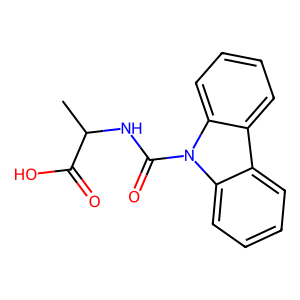
SMILES: CC(NC(=O)n1c2ccccc2c2ccccc21)C(=O)O
Inhibits HIV replication: No